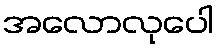
အလောလုပေါ